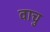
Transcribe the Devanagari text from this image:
वाचु